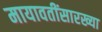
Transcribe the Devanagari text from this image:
मायावतींसारख्या